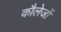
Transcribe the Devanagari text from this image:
कौलेजों